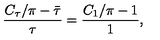
\frac { C _ { \tau } / \pi - \bar { \tau } } { \tau } = \frac { C _ { 1 } / \pi - 1 } { 1 } ,